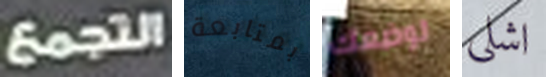
التجمع بمتابعة لوضعك اشلي